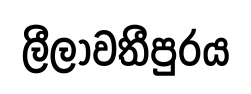
ලීලාවතීපුරය